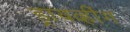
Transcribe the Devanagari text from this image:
ड्रायव्हींग